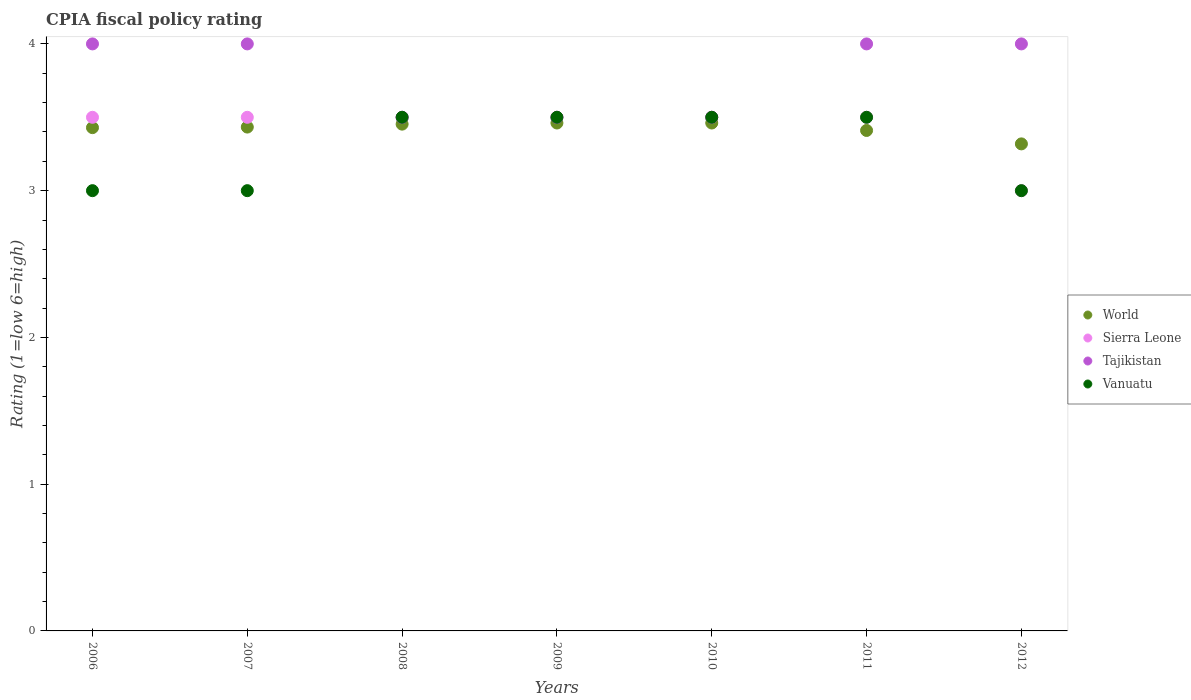
| Years | World | Sierra Leone | Tajikistan | Vanuatu |
 | --- | --- | --- | --- | --- |
 | 2006 | 3.43 | 3.5 | 4 | 3 |
 | 2007 | 3.43 | 3.5 | 4 | 3 |
 | 2008 | 3.45 | 3.5 | 3.5 | 3.5 |
 | 2009 | 3.46 | 3.5 | 3.5 | 3.5 |
 | 2010 | 3.46 | 3.5 | 3.5 | 3.5 |
 | 2011 | 3.41 | 3.5 | 4 | 3.5 |
 | 2012 | 3.32 | 3 | 4 | 3 |